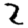
Digit: 2